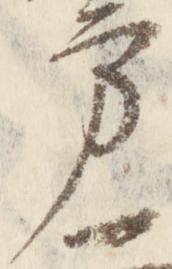
方